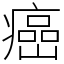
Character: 癌